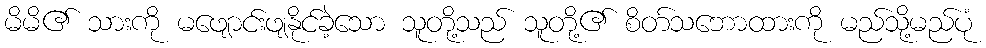
မိမိ၏ သားကို မဖျောင်းဖျနိုင်ခဲ့သော သူတို့သည် သူတို့၏ စိတ်သဘောထားကို မည်သို့မည်ပုံ